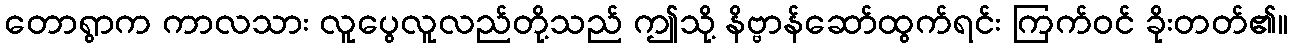
တောရွာက ကာလသား လူပွေလူလည်တို့သည် ဤသို့ နိဗ္ဗာန်ဆော်ထွက်ရင်း ကြက်ဝင် ခိုးတတ်၏။